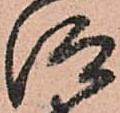
仰